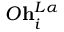
O \mathbf { h } _ { i } ^ { L \alpha }